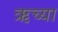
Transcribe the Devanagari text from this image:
ऋच्या